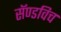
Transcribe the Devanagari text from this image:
सॅण्डविच